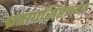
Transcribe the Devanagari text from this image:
प्रतापसिंहाच्या